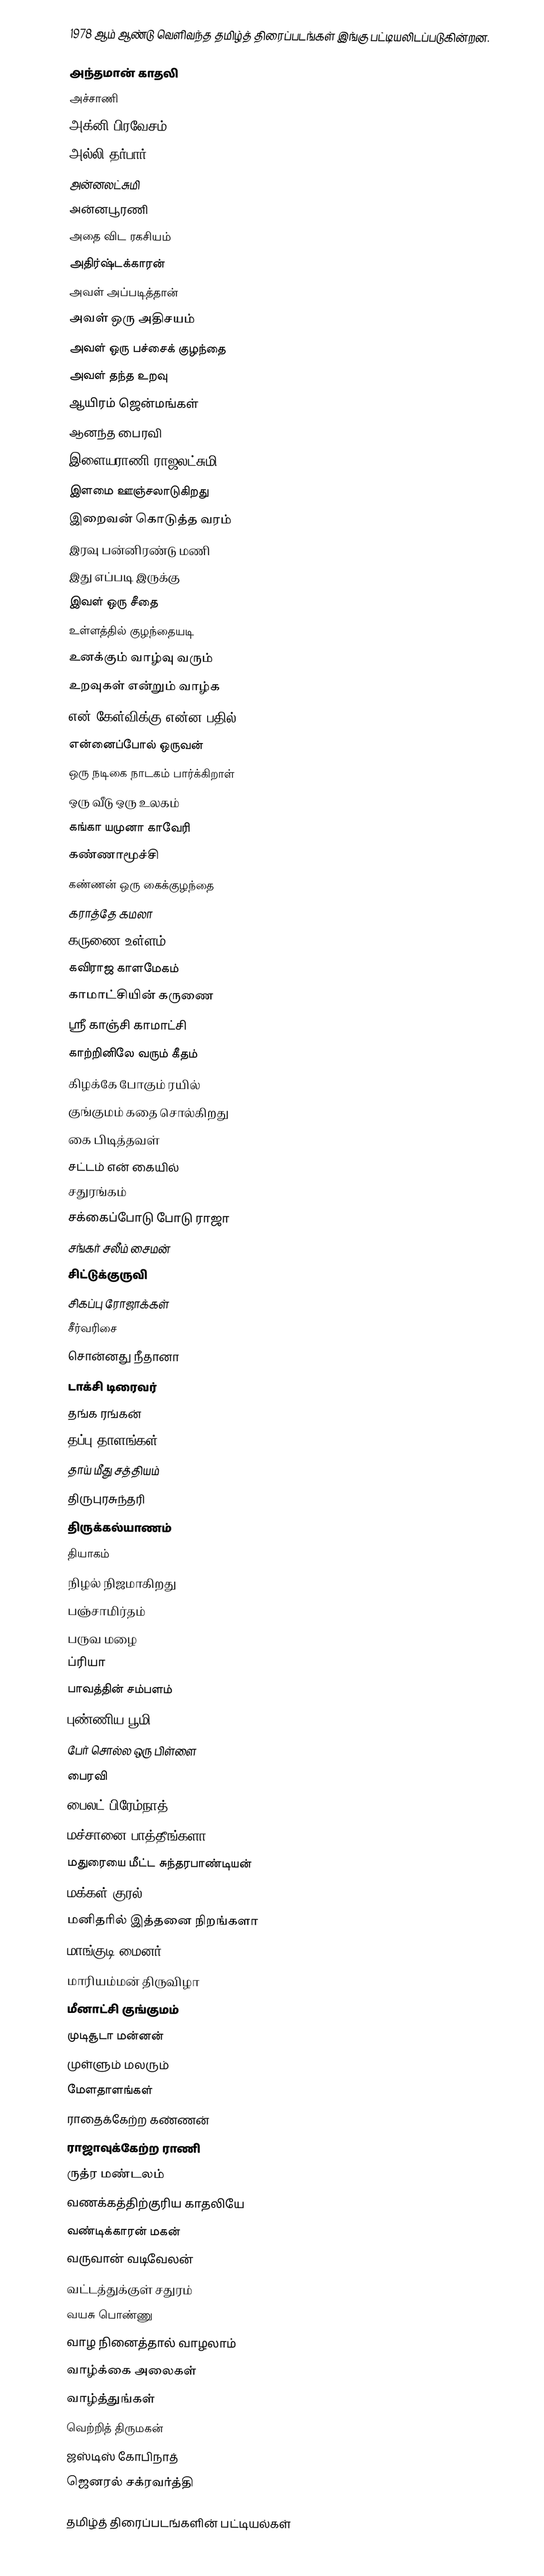
1978 ஆம் ஆண்டு வெளிவந்த தமிழ்த் திரைப்படங்கள் இங்கு பட்டியலிடப்படுகின்றன.

அந்தமான் காதலி
அச்சாணி
அக்னி பிரவேசம்
அல்லி தர்பார்
அன்னலட்சுமி
அன்னபூரணி
அதை விட ரகசியம்
அதிர்ஷ்டக்காரன்
அவள் அப்படித்தான்
அவள் ஒரு அதிசயம்
அவள் ஒரு பச்சைக் குழந்தை
அவள் தந்த உறவு
ஆயிரம் ஜென்மங்கள்
ஆனந்த பைரவி
இளையராணி ராஜலட்சுமி
இளமை ஊஞ்சலாடுகிறது
இறைவன் கொடுத்த வரம்
இரவு பன்னிரண்டு மணி
இது எப்படி இருக்கு
இவள் ஒரு சீதை
உள்ளத்தில் குழந்தையடி
உனக்கும் வாழ்வு வரும்
உறவுகள் என்றும் வாழ்க
என் கேள்விக்கு என்ன பதில்
என்னைப்போல் ஒருவன்
ஒரு நடிகை நாடகம் பார்க்கிறாள்
ஒரு வீடு ஒரு உலகம்
கங்கா யமுனா காவேரி
கண்ணாமூச்சி
கண்ணன் ஒரு கைக்குழந்தை
கராத்தே கமலா
கருணை உள்ளம்
கவிராஜ காளமேகம்
காமாட்சியின் கருணை
ஸ்ரீ காஞ்சி காமாட்சி
காற்றினிலே வரும் கீதம்
கிழக்கே போகும் ரயில்
குங்குமம் கதை சொல்கிறது
கை பிடித்தவள்
சட்டம் என் கையில்
சதுரங்கம்
சக்கைப்போடு போடு ராஜா
சங்கர் சலீம் சைமன்
சிட்டுக்குருவி
சிகப்பு ரோஜாக்கள்
சீர்வரிசை
சொன்னது நீதானா
டாக்சி டிரைவர்
தங்க ரங்கன்
தப்பு தாளங்கள்
தாய் மீது சத்தியம்
திருபுரசுந்தரி
திருக்கல்யாணம்
தியாகம்
நிழல் நிஜமாகிறது
பஞ்சாமிர்தம்
பருவ மழை
ப்ரியா
பாவத்தின் சம்பளம்
புண்ணிய பூமி
பேர் சொல்ல ஒரு பிள்ளை
பைரவி
பைலட் பிரேம்நாத்
மச்சானை பாத்தீங்களா
மதுரையை மீட்ட சுந்தரபாண்டியன்
மக்கள் குரல்
மனிதரில் இத்தனை நிறங்களா
மாங்குடி மைனர்
மாரியம்மன் திருவிழா
மீனாட்சி குங்குமம்
முடிசூடா மன்னன்
முள்ளும் மலரும்
மேளதாளங்கள்
ராதைக்கேற்ற கண்ணன்
ராஜாவுக்கேற்ற ராணி
ருத்ர மண்டலம்
வணக்கத்திற்குரிய காதலியே
வண்டிக்காரன் மகன்
வருவான் வடிவேலன்
வட்டத்துக்குள் சதுரம்
வயசு பொண்ணு
வாழ நினைத்தால் வாழலாம்
வாழ்க்கை அலைகள்
வாழ்த்துங்கள்
வெற்றித் திருமகன்
ஜஸ்டிஸ் கோபிநாத்
ஜெனரல் சக்ரவர்த்தி

தமிழ்த் திரைப்படங்களின் பட்டியல்கள்